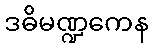
ဒဓိမဏ္ဍကေန